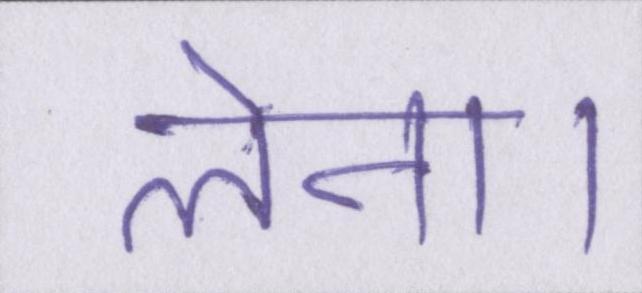
लेना।